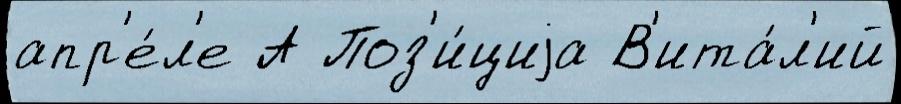
апр'е́л'е А Поз'и́циjа В'ита́л'ий